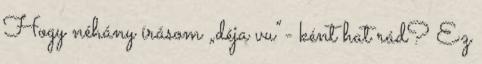
Hogy néhány írásom „déja vu”- ként hat rád? Ez